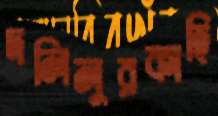
দলিলুরকাহি